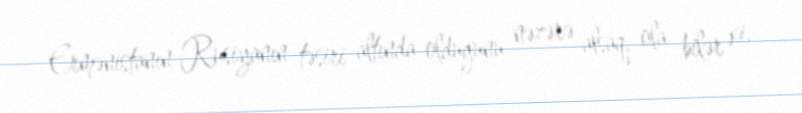
Ermənistanın Rusiyanın təsiri altında olduğunu nəzərə alsaq, ola bilər ki,